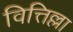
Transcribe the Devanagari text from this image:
वित्तिल्ला